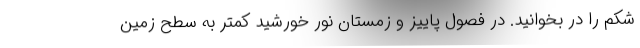
شکم را در بخوانید. در فصول پاییز و زمستان نور خورشید کمتر به سطح زمین